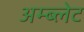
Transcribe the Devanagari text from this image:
अम्ब्लेट